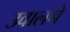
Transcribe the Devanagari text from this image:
उवालने